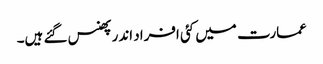
عمارت میں کئی افراد اندر پھنس گئے ہیں۔